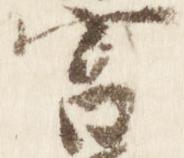
宮